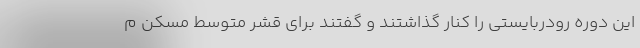
این دوره رودربایستی را کنار گذاشتند و گفتند برای قشر متوسط مسکن م